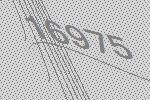
16975